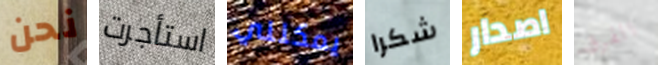
نحن استأجرت يمكنني شكرا اصدار الفرق